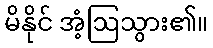
မိနိုင် အံ့ဩသွား၏။